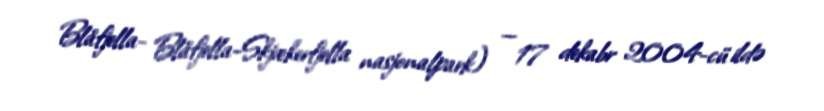
Blåfjella- Blåfjella-Skjækerfjella nasjonalpark) — 17 dekabr 2004-cü ildə